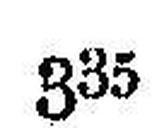
335